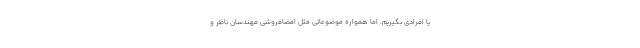
یا افرادی بگیریم. اما همواره موضوعاتی مثل امضافروشی مهندسان ناظر و